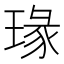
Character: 瑑